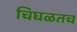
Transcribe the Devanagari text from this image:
चिघळतच